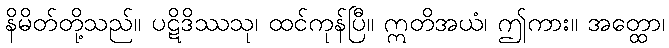
နိမိတ်တို့သည်။ ပဋိဒိဿသု၊ ထင်ကုန်ပြီ။ ဣတိအယံ၊ ဤကား။ အတ္ထော၊